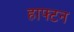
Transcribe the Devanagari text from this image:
हाफ्टन